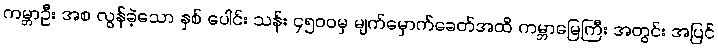
ကမ္ဘာဦး အစ လွန်ခဲ့သော နှစ် ပေါင်း သန်း ၄၅၀၀မှ မျက်မှောက်ခေတ်အထိ ကမ္ဘာမြေကြီး အတွင်း အပြင်